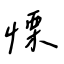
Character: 慄